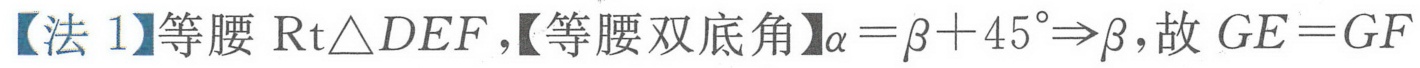
【法 1】等腰 $\mathrm{Rt}\triangle DEF$,【等腰双底角】$\alpha = \beta + 45^{\circ}\Rightarrow\beta$, 故 $GE = GF$